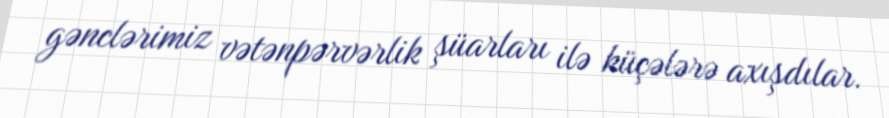
gənclərimiz vətənpərvərlik şüarları ilə küçələrə axışdılar.